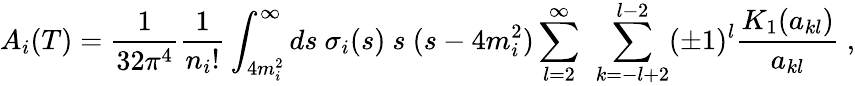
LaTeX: A_{i}(T)={\frac{1}{32\pi^{4}}}{\frac{1}{n_{i}!}}\int_{4m_{i}^{2}}^{\infty}ds\ \sigma_{i}(s)\ s\ (s-4m_{i}^{2})\sum_{l=2}^{\infty}\ \sum_{k=-l+2}^{l-2}(\pm 1)^{l}{\frac{K_{1}(a_{kl})}{a_{kl}}}\ ,